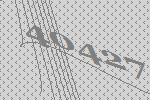
40427